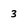
Character: 3